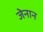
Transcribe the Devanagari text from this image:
जेनान